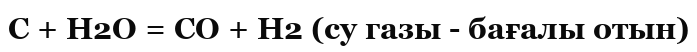
С + Н2О = CO + Н2 (су газы - бағалы отын)